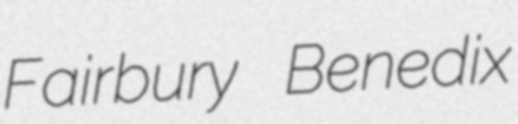
Fairbury Benedix